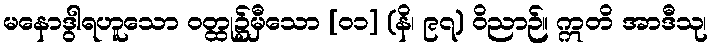
မနောဒွါရဟူသော ဝတ္ထု၌မှီသော [၀၁] (နိ၊ ၉၇) ဝိညာဉ်။ ဣတိ အာဒီသု၊